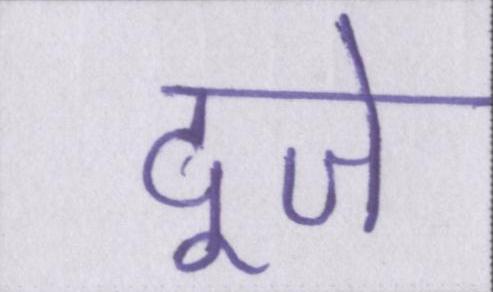
दूजे